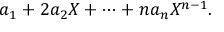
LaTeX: a _ { 1 } + 2 a _ { 2 } X + \cdots + n a _ { n } X ^ { n - 1 } .